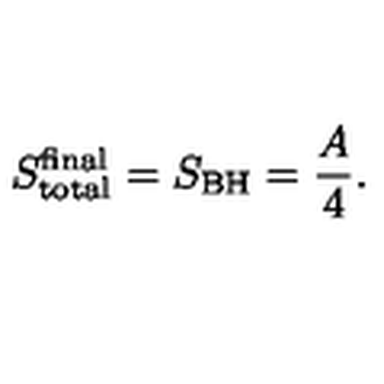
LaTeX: S _ { \mathrm { t o t a l } } ^ { \mathrm { f i n a l } } = S _ { \mathrm { B H } } = \frac { A } { 4 } .